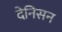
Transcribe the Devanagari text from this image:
देनिसन